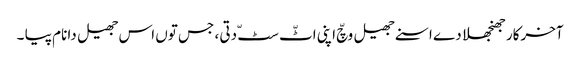
آخرکار جھنجھلا دے اسنے جھیل وچّ اپنی اٹّ سٹّ دتی ، جس توں اس جھیل دا نام پیا ۔